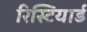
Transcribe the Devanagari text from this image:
रिस्टियार्ड